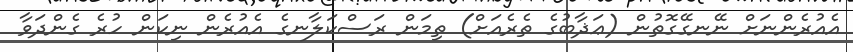
އެއުރެންނަށް ނޭނގޭގޮތުން (ޢަޛާބުގެ ތެރެއަށް) ތިމަން ރަސްކަލާނގެ އެއުރެން ނިކަން ހުރެ ގެންދަވާ